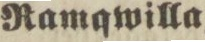
Ramqwilla,